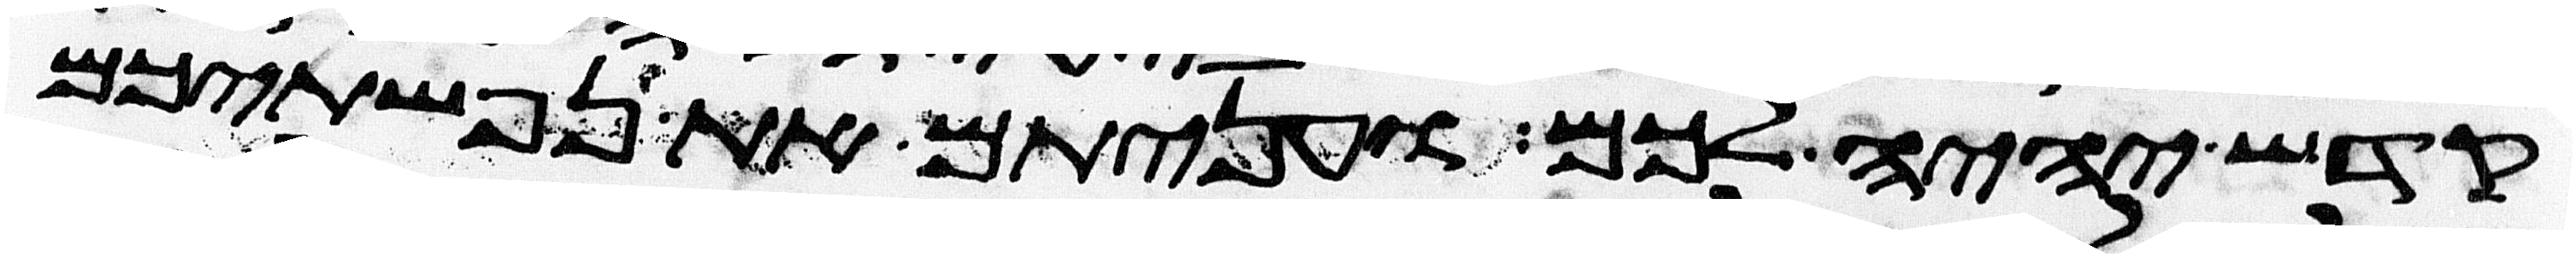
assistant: קדש יהיה לכם ועניתם את נפשתיכם